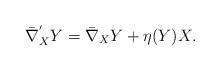
LaTeX: \begin{align*}\bar{\nabla}^{'}_{X}Y= \bar{\nabla}_X Y+\eta(Y)X.\end{align*}